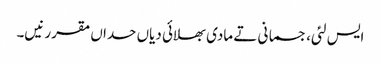
ایس لئی، جسمانی تے مادی بھلائی دیاں حداں مقرر نیں۔